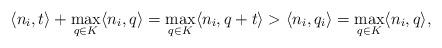
LaTeX: \begin{align*}\langle n_i, t\rangle + \max_{q\in K} \langle n_i, q\rangle = \max_{q\in K} \langle n_i, q+t\rangle > \langle n_i, q_i\rangle = \max_{q\in K} \langle n_i, q\rangle,\end{align*}